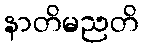
နာတိမညတိ